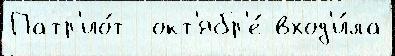
Патр'ио́т  окт'ябр'е́ вход'и́ла